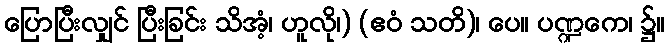
ပြောပြီးလျှင် ပြီးခြင်း သိအံ့၊ ဟူလို၊) (ဧဝံ သတိ)၊ ပေ။ ပဏ္ဍကေ၊ ၌။